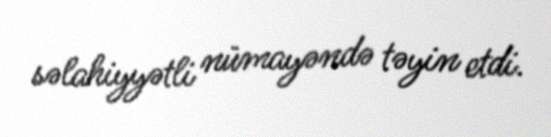
səlahiyyətli nümayəndə təyin etdi.